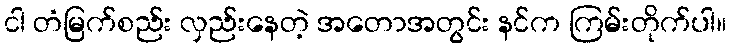
ငါ တံမြက်စည်း လှည်းနေတဲ့ အတောအတွင်း နင်က ကြမ်းတိုက်ပါ။